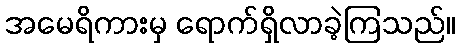
အမေရိကားမှ ရောက်ရှိလာခဲ့ကြသည်။